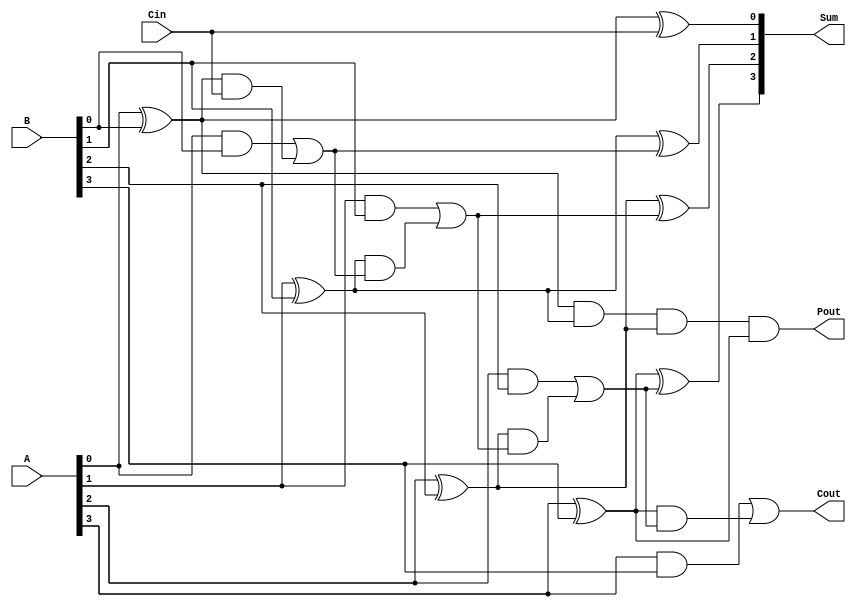
module la_adder4(A,B,Cin,Sum,Cout,Pout);

input [3:0] A,B;
input Cin;
output [3:0] Sum;
output Cout, Pout;

wire P0,P1,P2,P3;
wire G0,G1,G2,G3;
wire C0,C1,C2;

assign P0 = A[0] ^ B[0];
assign P1 = A[1] ^ B[1];
assign P2 = A[2] ^ B[2];
assign P3 = A[3] ^ B[3];

assign G0 = A[0] & B[0];
assign G1 = A[1] & B[1];
assign G2 = A[2] & B[2];
assign G3 = A[3] & B[3];

assign C0 = G0 | P0&Cin;
assign C1 = G1 | P1&C0;
assign C2 = G2 | P2&C1;
assign Cout = G3 | P3&C2;

assign Sum[0] = P0 ^ Cin;
assign Sum[1] = P1 ^ C0;
assign Sum[2] = P2 ^ C1;
assign Sum[3] = P3 ^ C2;

assign Pout = P0&P1&P2&P3;

endmodule